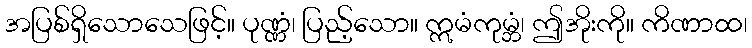
အပြစ်ရှိသောသေဖြင့်။ ပုဏ္ဏံ၊ ပြည့်သော။ ဣမံကုမ္ဘံ၊ ဤအိုးကို။ ကိဏာထ၊